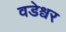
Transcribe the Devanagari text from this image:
वडेश्वर